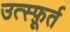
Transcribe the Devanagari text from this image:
उत्स्फ़ूर्त